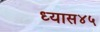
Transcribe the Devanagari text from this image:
ध्यास४५